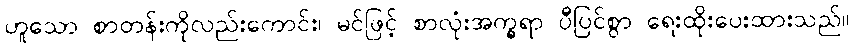
ဟူသော စာတန်းကိုလည်းကောင်း၊ မင်ဖြင့် စာလုံးအက္ခရာ ပီပြင်စွာ ရေးထိုးပေးထားသည်။